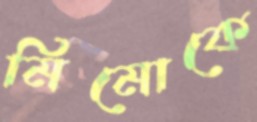
মিমোকে